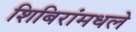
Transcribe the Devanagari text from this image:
शिबिरांमधले